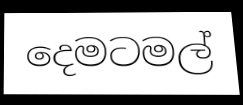
දෙමටමල්